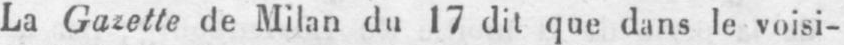
La Gazette de Milan du 17 dit que dans le voisi-